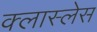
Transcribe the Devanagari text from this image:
क्लास्लेस